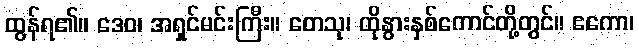
ထွန်ရ၏။ ဒေဝ၊ အရှင်မင်းကြီး။ တေသု၊ ထိုနွားနှစ်ကောင်တို့တွင်။ ဧကော၊